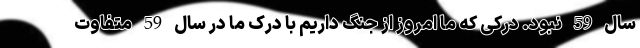
سال 59 نبود. درکی که ما امروز از جنگ داریم با درک ما در سال 59 متفاوت